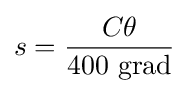
s={\frac {C\theta }{400{\text{ grad}}}}